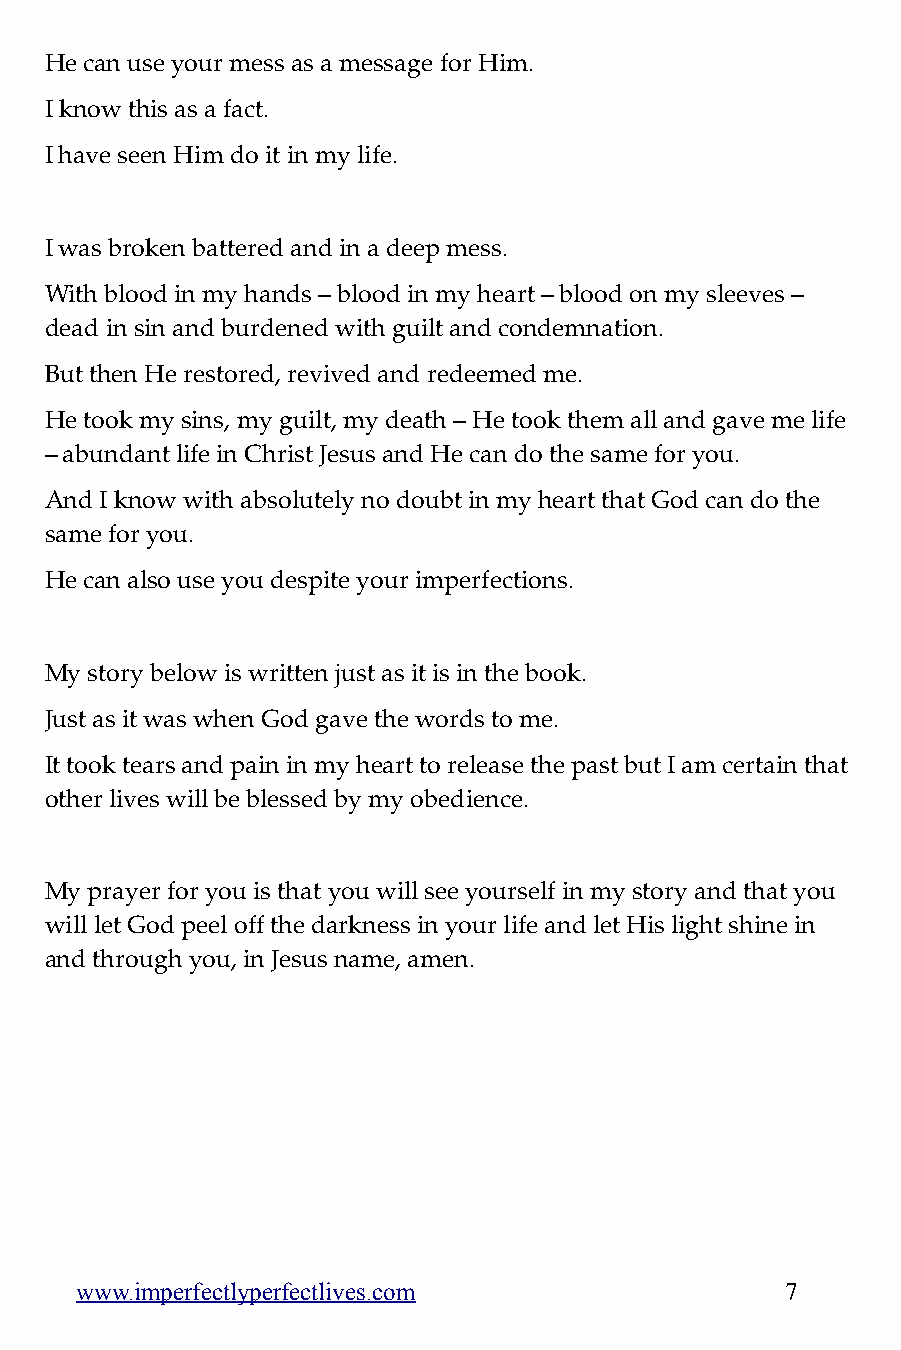
He can use your mess as a message for Him.
 I know this as a fact.
 I have seen Him do it in my life.
 I was broken battered and in a deep mess.
 With blood in my hands – blood in my heart – blood on my sleeves –
 dead in sin and burdened with guilt and condemnation.
 But then He restored, revived and redeemed me.
 He took my sins, my guilt, my death – He took them all and gave me life
 – abundant life in Christ Jesus and He can do the same for you.
 And I know with absolutely no doubt in my heart that God can do the
 same for you.
 He can also use you despite your imperfections.
 My story below is written just as it is in the book.
 Just as it was when God gave the words to me.
 It took tears and pain in my heart to release the past but I am certain that
 other lives will be blessed by my obedience.
 My prayer for you is that you will see yourself in my story and that you
 will let God peel off the darkness in your life and let His light shine in
 and through you, in Jesus name, amen.
 www.imperfectlyperfectlives.com                7